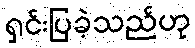
ရှင်းပြခဲ့သည်ဟု